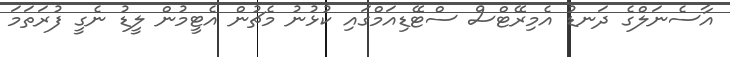
އާސެނަލްގެ ދަނޑު އެމިރޭޓްސް ސްޓޭޑިއަމްގައި ކުޅުނު މެޗުން އެޓީމުން ލީޑު ނެގީ ފުރަތަމަ